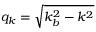
q _ { k } = \sqrt { k _ { b } ^ { 2 } - k ^ { 2 } }